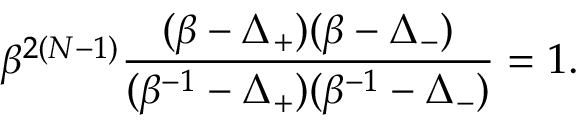
\beta ^ { 2 ( N - 1 ) } \frac { ( \beta - \Delta _ { + } ) ( \beta - \Delta _ { - } ) } { ( \beta ^ { - 1 } - \Delta _ { + } ) ( \beta ^ { - 1 } - \Delta _ { - } ) } = 1 .